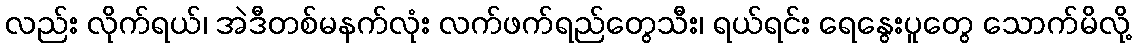
လည်း လိုက်ရယ်၊ အဲဒီတစ်မနက်လုံး လက်ဖက်ရည်တွေသီး၊ ရယ်ရင်း ရေနွေးပူတွေ သောက်မိလို့